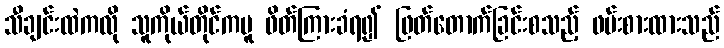
သီချင်းထဲကလို သူကိုယ်တိုင်ကမူ ဖိတ်ကြားခံရ၍ ဖြတ်တောက်ခြင်းစသည့် ဖမ်းစားထားသည်